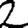
Digit: 2